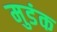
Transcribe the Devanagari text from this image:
मुडंक